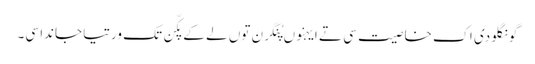
گونگلو دی اک خاصیت سی تے ایہنوں پُنگرن توں لے کے پکّن تک ورتیا جاندا سی۔